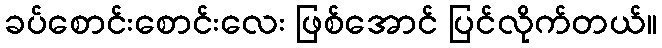
ခပ်စောင်းစောင်းလေး ဖြစ်အောင် ပြင်လိုက်တယ်။